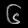
Digit: ၆